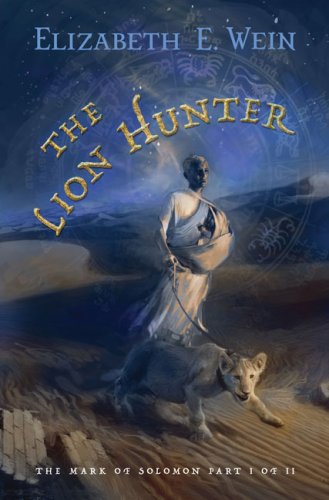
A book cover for The Lion Hunter (Mark of Solomon); Elizabeth Wein; Teen & Young Adult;